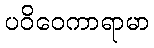
ပဝိဝေကာရာမာ